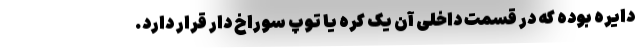
دایره بوده که در قسمت داخلی آن یک کره یا توپ سوراخ دار قرار دارد.